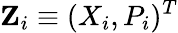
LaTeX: {\mathbf Z}_{i}\equiv(X_{i},P_{i})^{T}